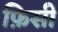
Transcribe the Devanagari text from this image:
फ़िसी